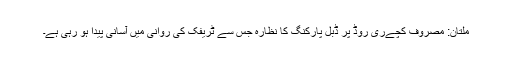
ملتان: مصروف کچےری روڈ پر ڈبل پارکنگ کا نظارہ جس سے ٹریفک کی روانی میں آسانی پیدا ہو رہی ہے۔